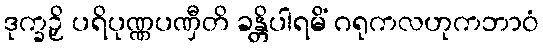
ဒုက္ခဉှိ ပရိပုဏ္ဏပဏှီတိ ခန္တိပါရမိံ ဂရုကလဟုကဘာဝံ